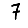
Digit: 7